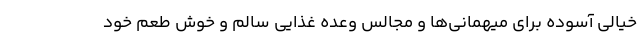
خیالی آسوده برای میهمانی‌ها و مجالس وعده غذایی سالم و خوش طعم خود